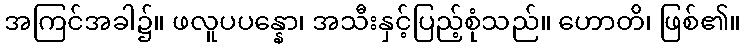
အကြင်အခါ၌။ ဖလူပပန္နော၊ အသီးနှင့်ပြည့်စုံသည်။ ဟောတိ၊ ဖြစ်၏။